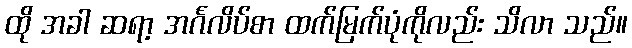
ထို အခါ ဆရာ့ အင်္ဂလိပ်စာ ထက်မြက်ပုံကိုလည်း သိလာ သည်။